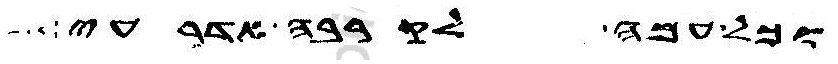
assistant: וכל עמה לקרבה אדרעי